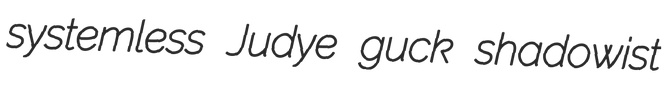
systemless Judye guck shadowist